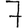
Digit: 7